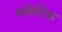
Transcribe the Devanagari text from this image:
मजेस्टिक